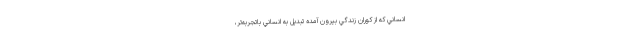
انساني كه از كوران زندگي بيرون آمده تبديل به انساني باتجربه‌تر،‌